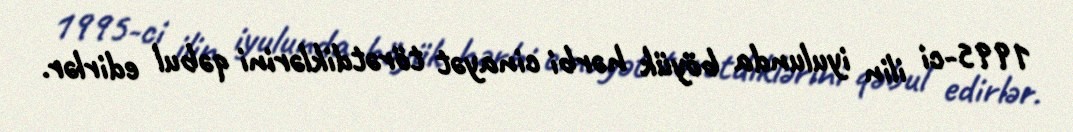
1995-ci ilin iyulunda böyük hərbi cinayət törətdiklərini qəbul edirlər.